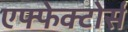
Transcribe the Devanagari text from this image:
एफ्फेक्टोर्स